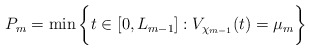
\begin{align*}P_m = \min \bigg\{ t \in [0,L_{m-1}] : V_{\chi_{m-1}}(t)= \mu_m \bigg\}\end{align*}